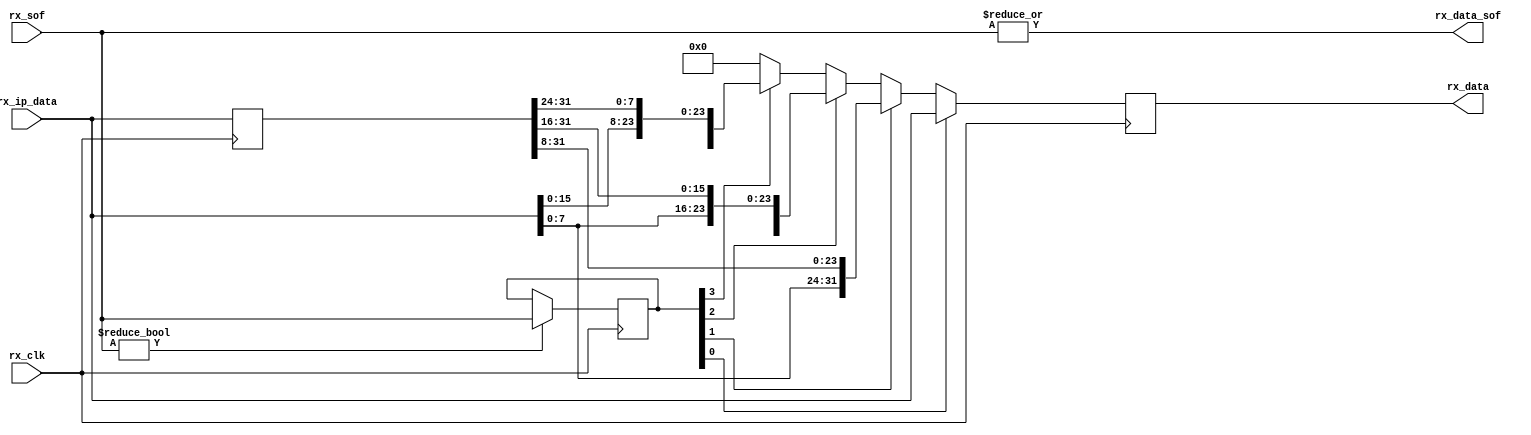
// ***************************************************************************
// ***************************************************************************
// Copyright 2011(c) Analog Devices, Inc.
// 
// All rights reserved.
// 
// Redistribution and use in source and binary forms, with or without modification,
// are permitted provided that the following conditions are met:
//     - Redistributions of source code must retain the above copyright
//       notice, this list of conditions and the following disclaimer.
//     - Redistributions in binary form must reproduce the above copyright
//       notice, this list of conditions and the following disclaimer in
//       the documentation and/or other materials provided with the
//       distribution.
//     - Neither the name of Analog Devices, Inc. nor the names of its
//       contributors may be used to endorse or promote products derived
//       from this software without specific prior written permission.
//     - The use of this software may or may not infringe the patent rights
//       of one or more patent holders.  This license does not release you
//       from the requirement that you obtain separate licenses from these
//       patent holders to use this software.
//     - Use of the software either in source or binary form, must be run
//       on or directly connected to an Analog Devices Inc. component.
//    
// THIS SOFTWARE IS PROVIDED BY ANALOG DEVICES "AS IS" AND ANY EXPRESS OR IMPLIED WARRANTIES,
// INCLUDING, BUT NOT LIMITED TO, NON-INFRINGEMENT, MERCHANTABILITY AND FITNESS FOR A
// PARTICULAR PURPOSE ARE DISCLAIMED.
//
// IN NO EVENT SHALL ANALOG DEVICES BE LIABLE FOR ANY DIRECT, INDIRECT, INCIDENTAL, SPECIAL,
// EXEMPLARY, OR CONSEQUENTIAL DAMAGES (INCLUDING, BUT NOT LIMITED TO, INTELLECTUAL PROPERTY
// RIGHTS, PROCUREMENT OF SUBSTITUTE GOODS OR SERVICES; LOSS OF USE, DATA, OR PROFITS; OR 
// BUSINESS INTERRUPTION) HOWEVER CAUSED AND ON ANY THEORY OF LIABILITY, WHETHER IN CONTRACT,
// STRICT LIABILITY, OR TORT (INCLUDING NEGLIGENCE OR OTHERWISE) ARISING IN ANY WAY OUT OF 
// THE USE OF THIS SOFTWARE, EVEN IF ADVISED OF THE POSSIBILITY OF SUCH DAMAGE.
// ***************************************************************************
// ***************************************************************************

`timescale 1ns/100ps

module ad_jesd_align (

  // jesd interface

  rx_clk,
  rx_sof,
  rx_ip_data,
  rx_data_sof,
  rx_data);

  // jesd interface

  input           rx_clk;
  input   [ 3:0]  rx_sof;
  input   [31:0]  rx_ip_data;

  // aligned data

  output          rx_data_sof;
  output  [31:0]  rx_data;

  // internal registers

  reg     [31:0]  rx_ip_data_d = 'd0;
  reg     [ 3:0]  rx_sof_d = 'd0;
  reg     [31:0]  rx_data = 'd0;

  // dword may contain more than one frame per clock

  assign rx_data_sof = |rx_sof;

  always @(posedge rx_clk) begin
    rx_ip_data_d <= rx_ip_data;
    if (rx_sof != 4'h0)
    begin
      rx_sof_d      <= rx_sof;
    end
    if (rx_sof_d[0] == 1'b1) begin
      rx_data <= rx_ip_data;
    end else if (rx_sof_d[1] == 1'b1) begin
      rx_data <= {rx_ip_data[ 7:0], rx_ip_data_d[31: 8]};
    end else if (rx_sof_d[2] == 1'b1) begin
      rx_data <= {rx_ip_data[15:0], rx_ip_data_d[31:16]};
    end else if (rx_sof_d[3] == 1'b1) begin
      rx_data <= {rx_ip_data[23:0], rx_ip_data_d[31:24]};
    end else begin
      rx_data <= 32'd0;
    end
  end

endmodule

// ***************************************************************************
// ***************************************************************************